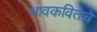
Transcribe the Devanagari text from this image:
भावकवितेचे